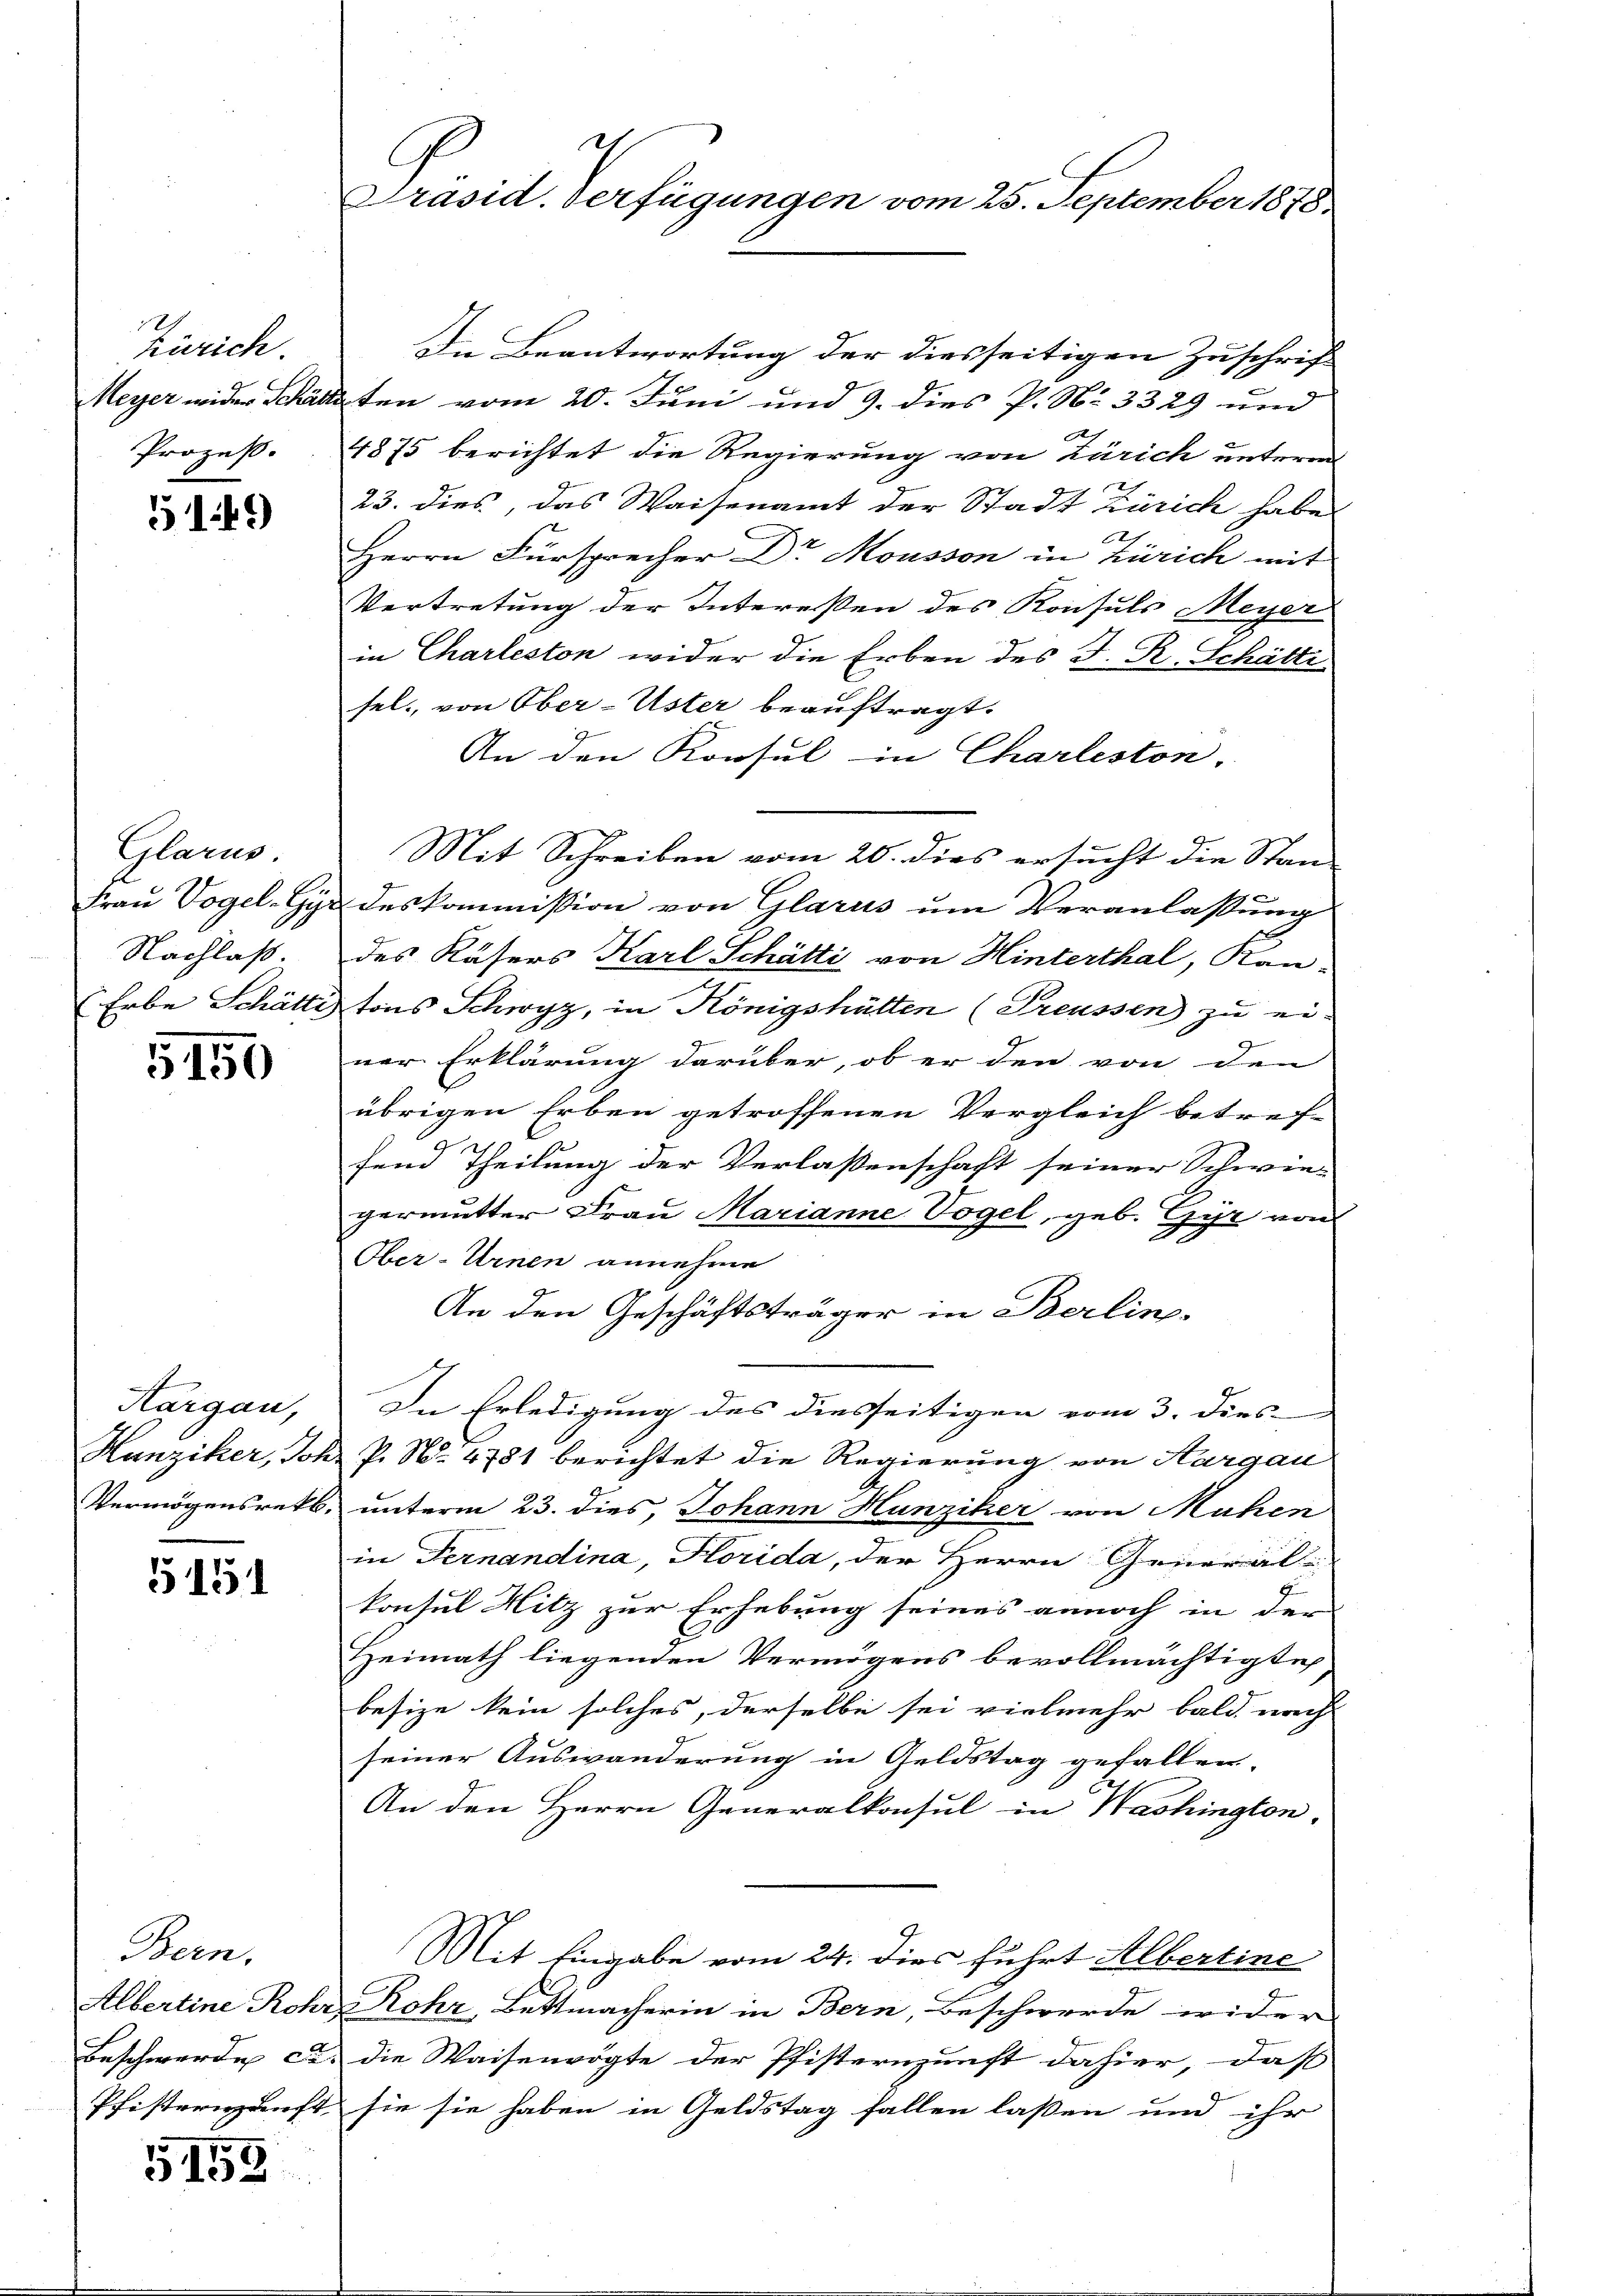
14
kürich.
Prozeß.

5149

Glarus.
Nachlaß

5150

Kargau,

5151

Bern.

5458

Präsid. Verfügungen vom 25. September 1878.

Die Beantwortung der diesseitigen Zuschrif
Meyer wider Schätteten vom 20. Juni und 9. dies P. No 3329 und
2
4875 berichtet die Regierung von Zürich unterm
23. dies, das Waisenamt der Stadt Zürich habe
x
Herrn Fürsprecher Dr Mousson in Zürich mit
Vertretung der Interessen des Konsuls Meyer
in Charleston wider die Erben des J. R. Schätti
sel., von Ober-Uster beauftragt.
An den Konsul in Charleston,
Mit Schreiben vom 20. dies ersucht die Stan
Frau Vogel. Gyr des kommission von Glarus um Veranlaßung
des Käsers Karl Schätti von Hinterthal, Kan-
Erbe Schätte tons Schwyz, in Königshätten (Preussen zu ei-
ner Erklärung darüber, ob er den von den
übrigen Erben getroffenen Vergleich betref-
fend Theilung der Verlassenschaft seiner Schwie-
germutter Frau Marianne Vogel, geb. Gyr von
Ober-Urnen annehme
An den Geschäftsträger in Berlin.
In Erledigung des diesseitigen vom 3. dies
Hanziker, Johr P. N. 4781 berichtet die Regierung von Kargau
Vermögensrett, unterm 23. dies, Johann Hunziker von Mühen
in Fernandina, Horida, der Herrn General
konsul Hitz zur Erhebung seines annoch in der
Heimath liegenden Vermögens bevollmächtigte
besize kein solches, derselbe sei vielmehr bald nach
seiner Auswanderung in Geldstag gefallen.
An den Herrn Generalkonsul in Washington,
Mit Eingabe vom 24. dies führt Albertine
Albertine Rohr, Rohr, Bettmacherin in Bern, Beschwerde wider
Beschwerde cas die Waisenvögte der Pfisternunft dahier, daß
Pfisternunft sie sie haben in Geldstag fallen lassen und ihr